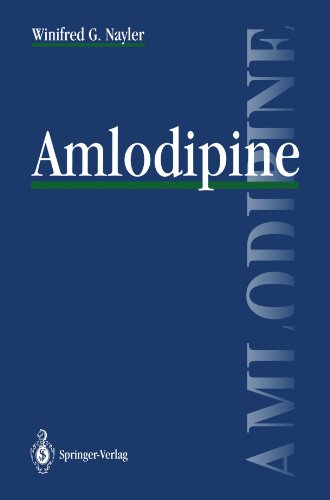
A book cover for Amlodipine; Winifred G. Nayler; Medical Books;